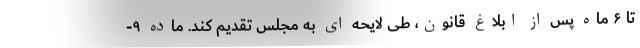
تا ۶ ماه پس از ابلاغ قانون، طی لایحه ای به مجلس تقدیم کند. ماده ۹-